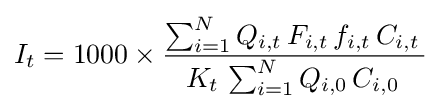
I_{t}=1000\times {\frac {\sum _{i=1}^{N}Q_{i,t}\,F_{i,t}\,f_{i,t}\,C_{i,t}\,}{K_{t}\,\sum _{i=1}^{N}Q_{i,0}\,C_{i,0}\,}}